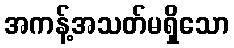
အကန့်အသတ်မရှိသော